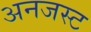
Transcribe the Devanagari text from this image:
अनजस्ट